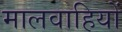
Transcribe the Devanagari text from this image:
मालवाहियों